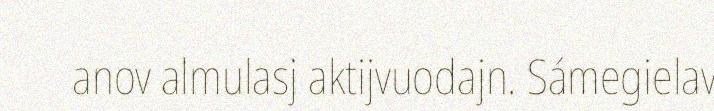
anov almulasj aktijvuodajn. Sámegielav